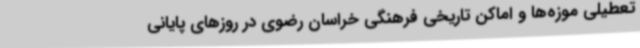
تعطیلی موزه‌ها و اماکن تاریخی فرهنگی خراسان رضوی در روزهای پایانی